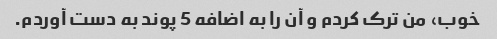
خوب، من ترک کردم و آن را به اضافه 5 پوند به دست آوردم.